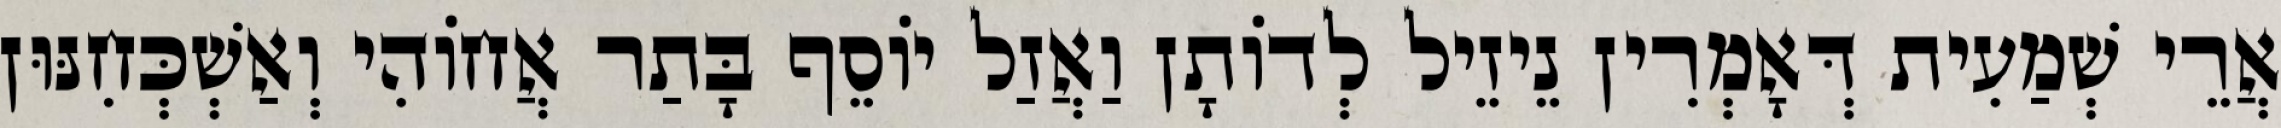
אֲרֵי שְׁמַעִית דְּאָמְרִין נֵיזֵיל לְדוֹתָן וַאֲזַל יוֹסֵף בָּתַר אֲחוֹהִי וְאַשְׁכְּחִנּוּן